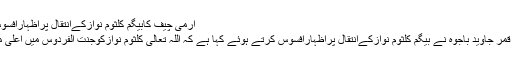
آرمی چیف کابیگم کلثوم نوازکےانتقال پراظہارافسوس،آئی ایس پی آر
آرمی چیف جنرل قمر جاوید باجوہ نے بیگم کلثوم نوازکےانتقال پراظہارافسوس کرتے ہوئے کہا ہے کہ اللہ تعالیٰ کلثوم نوازکوجنت الفردوس میں اعلیٰ مقام عطافرمائے ۔